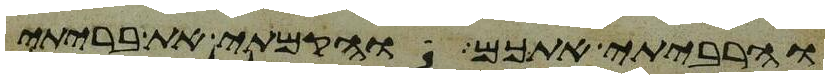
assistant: והרביתי אתכם והקמתי את בריתי